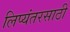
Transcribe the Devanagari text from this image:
लिप्यंतरसाठी